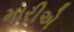
મારીએ